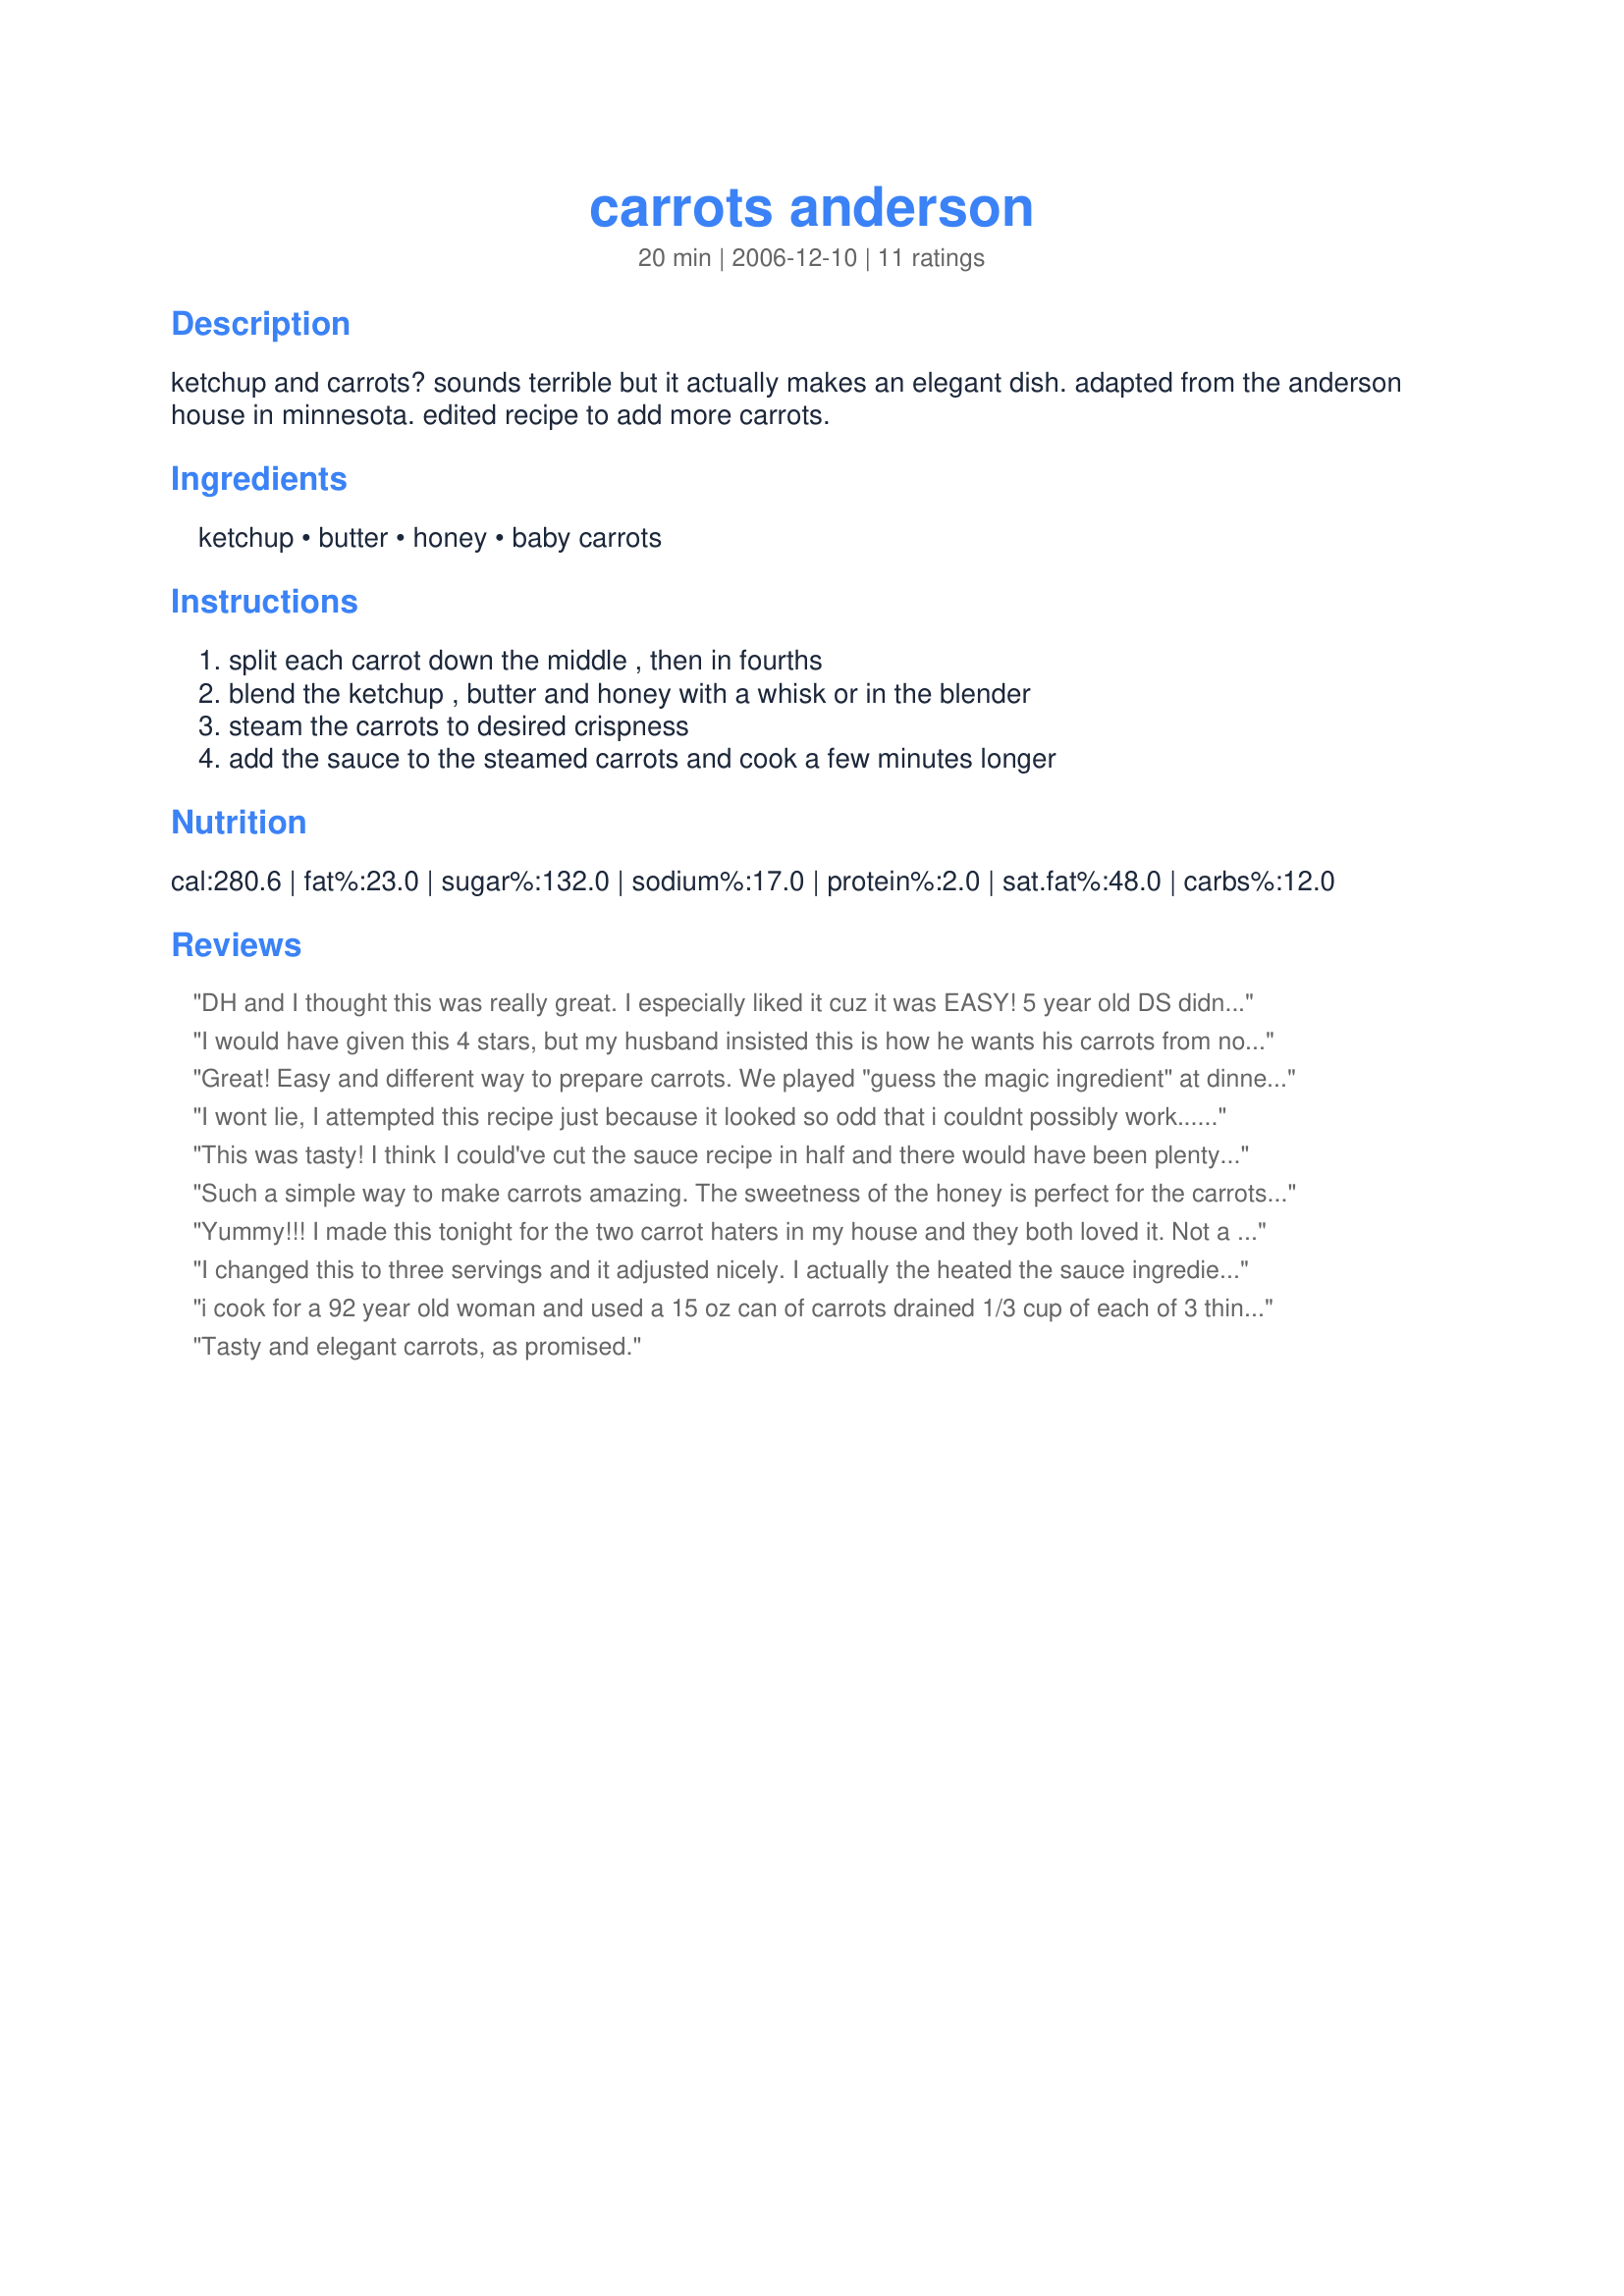
carrots anderson
Preparation time: 20 minutes

ketchup and carrots? sounds terrible but it actually makes an elegant dish. adapted from the anderson house in minnesota. edited recipe to add more carrots.

Ingredients:
ketchup, butter, honey, baby carrots

Steps:
split each carrot down the middle , then in fourths, blend the ketchup , butter and honey with a whisk or in the blender, steam the carrots to desired crispness, add the sauce to the steamed carrots and cook a few minutes longer

Reviews:
DH and I thought this was really great. I especially liked it cuz it was EASY! 5 year old DS didn't care for them, but he doesn't like ketchup... so... I didn't think he'd be able to taste it in there, but he sure did, and said, "Mom, why did you put ketchup in my carrots?" The adults loved them though!
I would have given this 4 stars, but my husband insisted this is how he wants his carrots from now on. My toddler ate them as well, so it is a nice change from Brown Sugar and butter. I like that it adds an extra veggie element too. Very easy to make and super yummy. Thanks for sharing! It will be our regular from now on. :)
Great! Easy and different way to prepare carrots. We played "guess the magic ingredient" at dinner which got all three boys eating them. Everyone was shocked that they contained ketchup. Made a very generous amount of sauce even with 3 lbs. carrots. Thanks for sharing the recipe!
I wont lie, I attempted this recipe just because it looked so odd that i couldnt possibly work.... well.... I was wrong lol! It was really good! Thanks for posting!
This was tasty! I think I could've cut the sauce recipe in half and there would have been plenty to coat the carrots. I took this dish to a holiday gathering and everuone seemed to like it.
Such a simple way to make carrots amazing. The sweetness of the honey is perfect for the carrots. Loved them! DH really liked them too. I used the last of the orange and white carrots from our garden. I only used 1 lb of carrots so cut the sauce by a third also. Terrific!
Yummy!!! I made this tonight for the two carrot haters in my house and they both loved it. Not a bit left over. Will add this to tried and true file and make often. Thanks for posting this winner!
I changed this to three servings and it adjusted nicely. I actually the heated the sauce ingredients on low while the carrots simmered since my butter was solid. Worked like a champ! Thanks Cookiedog! Beverage Tag Rocks!
i cook for a 92 year old woman and used a 15 oz can of carrots drained 1/3 cup of each of 3 things and worked great , she loved it. dee
Tasty and elegant carrots, as promised.
Very yummy. I cut the recipe down to 1/4 cup of ketchup, butter and honey and it was more than plenty for 1 pound of baby carrots. I usually make glazed carrots with just butter and honey. The addition of ketchup was a nice change. I will make this again.
